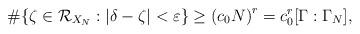
LaTeX: \begin{align*}\# \{ \zeta\in \mathcal{R}_{X_{N}} : \vert \delta-\zeta\vert < \varepsilon\} \geq \left( c_{0}N\right)^{r} = c_{0}^{r}[\Gamma : \Gamma_{N}],\end{align*}